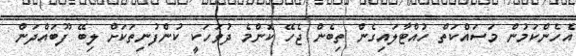
އެހެންކަމުން މަސައްކަތް ހުއްޓާލައިގެން ތިބެން ޖެހޭ ކޮންމެ ދުވަހަކީ ކުންފުނިތަކަށް ލިބޭ ފޫބައްދަން